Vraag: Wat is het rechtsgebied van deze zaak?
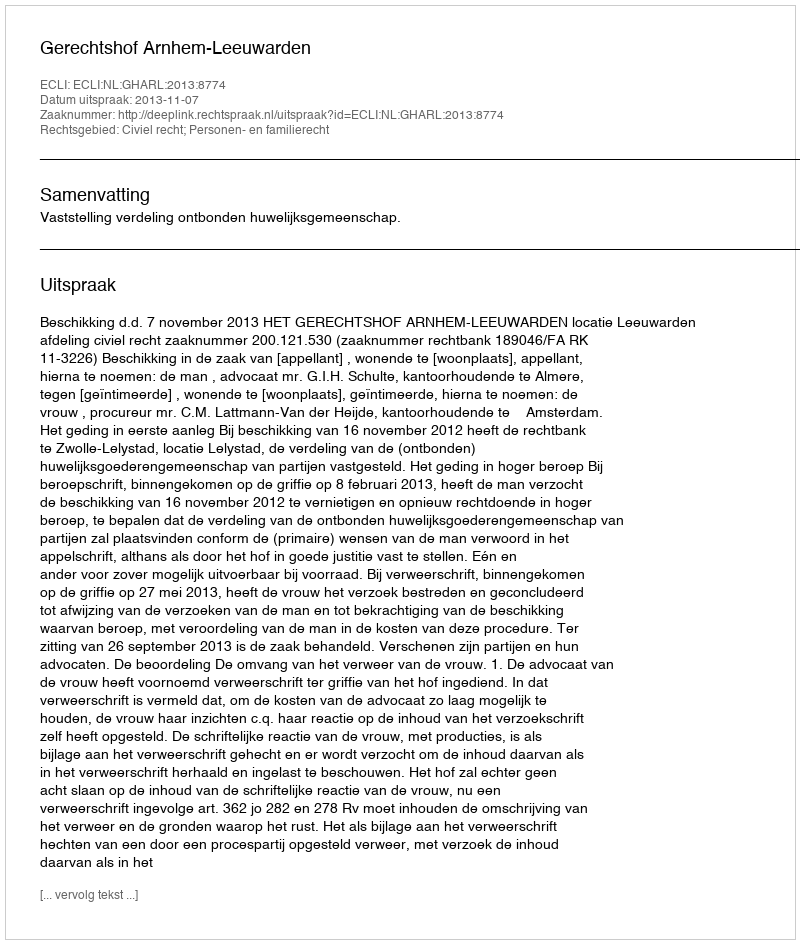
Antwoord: Civiel recht; Personen- en familierecht